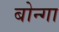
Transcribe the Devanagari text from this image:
बोन्‍गा